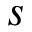
s